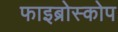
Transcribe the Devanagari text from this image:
फाइब्रोस्कोप